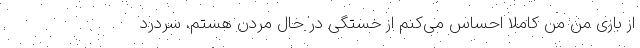
از بازی من من کاملاً‌ احساس می‌کنم از خستگی در حال مردن هستم. سردرد